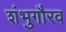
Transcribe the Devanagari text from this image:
शंभुगौरव